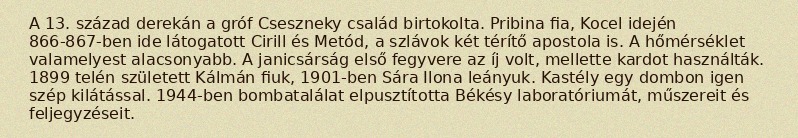
A 13. század derekán a gróf Cseszneky család birtokolta. Pribina fia, Kocel idején 866-867-ben ide látogatott Cirill és Metód, a szlávok két térítő apostola is. A hőmérséklet valamelyest alacsonyabb. A janicsárság első fegyvere az íj volt, mellette kardot használták. 1899 telén született Kálmán fiuk, 1901-ben Sára Ilona leányuk. Kastély egy dombon igen szép kilátással. 1944-ben bombatalálat elpusztította Békésy laboratóriumát, műszereit és feljegyzéseit.